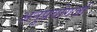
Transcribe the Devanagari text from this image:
अनुप्रयोगजो